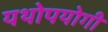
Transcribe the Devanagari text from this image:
यथोपयोगी